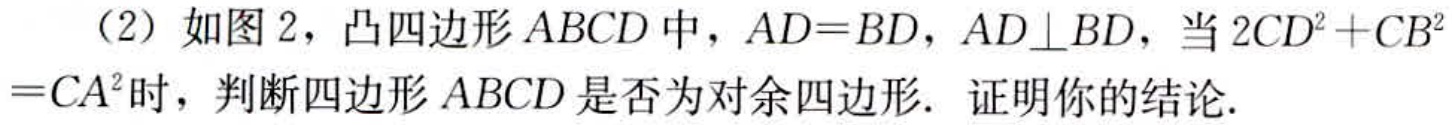
（2）如图 2，凸四边形 \(ABCD\) 中，\(AD = BD\)，\(AD\perp BD\)，当 \(2CD^{2}+CB^{2}=CA^{2}\) 时，判断四边形 \(ABCD\) 是否为对余四边形. 证明你的结论.